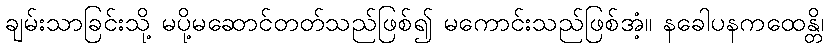
ချမ်းသာခြင်းသို့ မပို့မဆောင်တတ်သည်ဖြစ်၍ မကောင်းသည်ဖြစ်အံ့။ နခေါပနကထေန္တိ၊